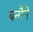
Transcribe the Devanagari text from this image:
बनौने